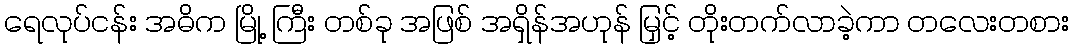
ရေလုပ်ငန်း အဓိက မြို့ ကြီး တစ်ခု အဖြစ် အရှိန်အဟုန် မြှင့် တိုးတက်လာခဲ့ကာ တလေးတစား